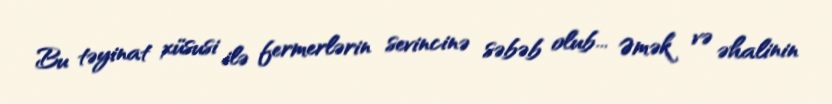
Bu təyinat xüsusi ilə fermerlərin sevincinə səbəb olub... Əmək və əhalinin